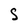
Character: S